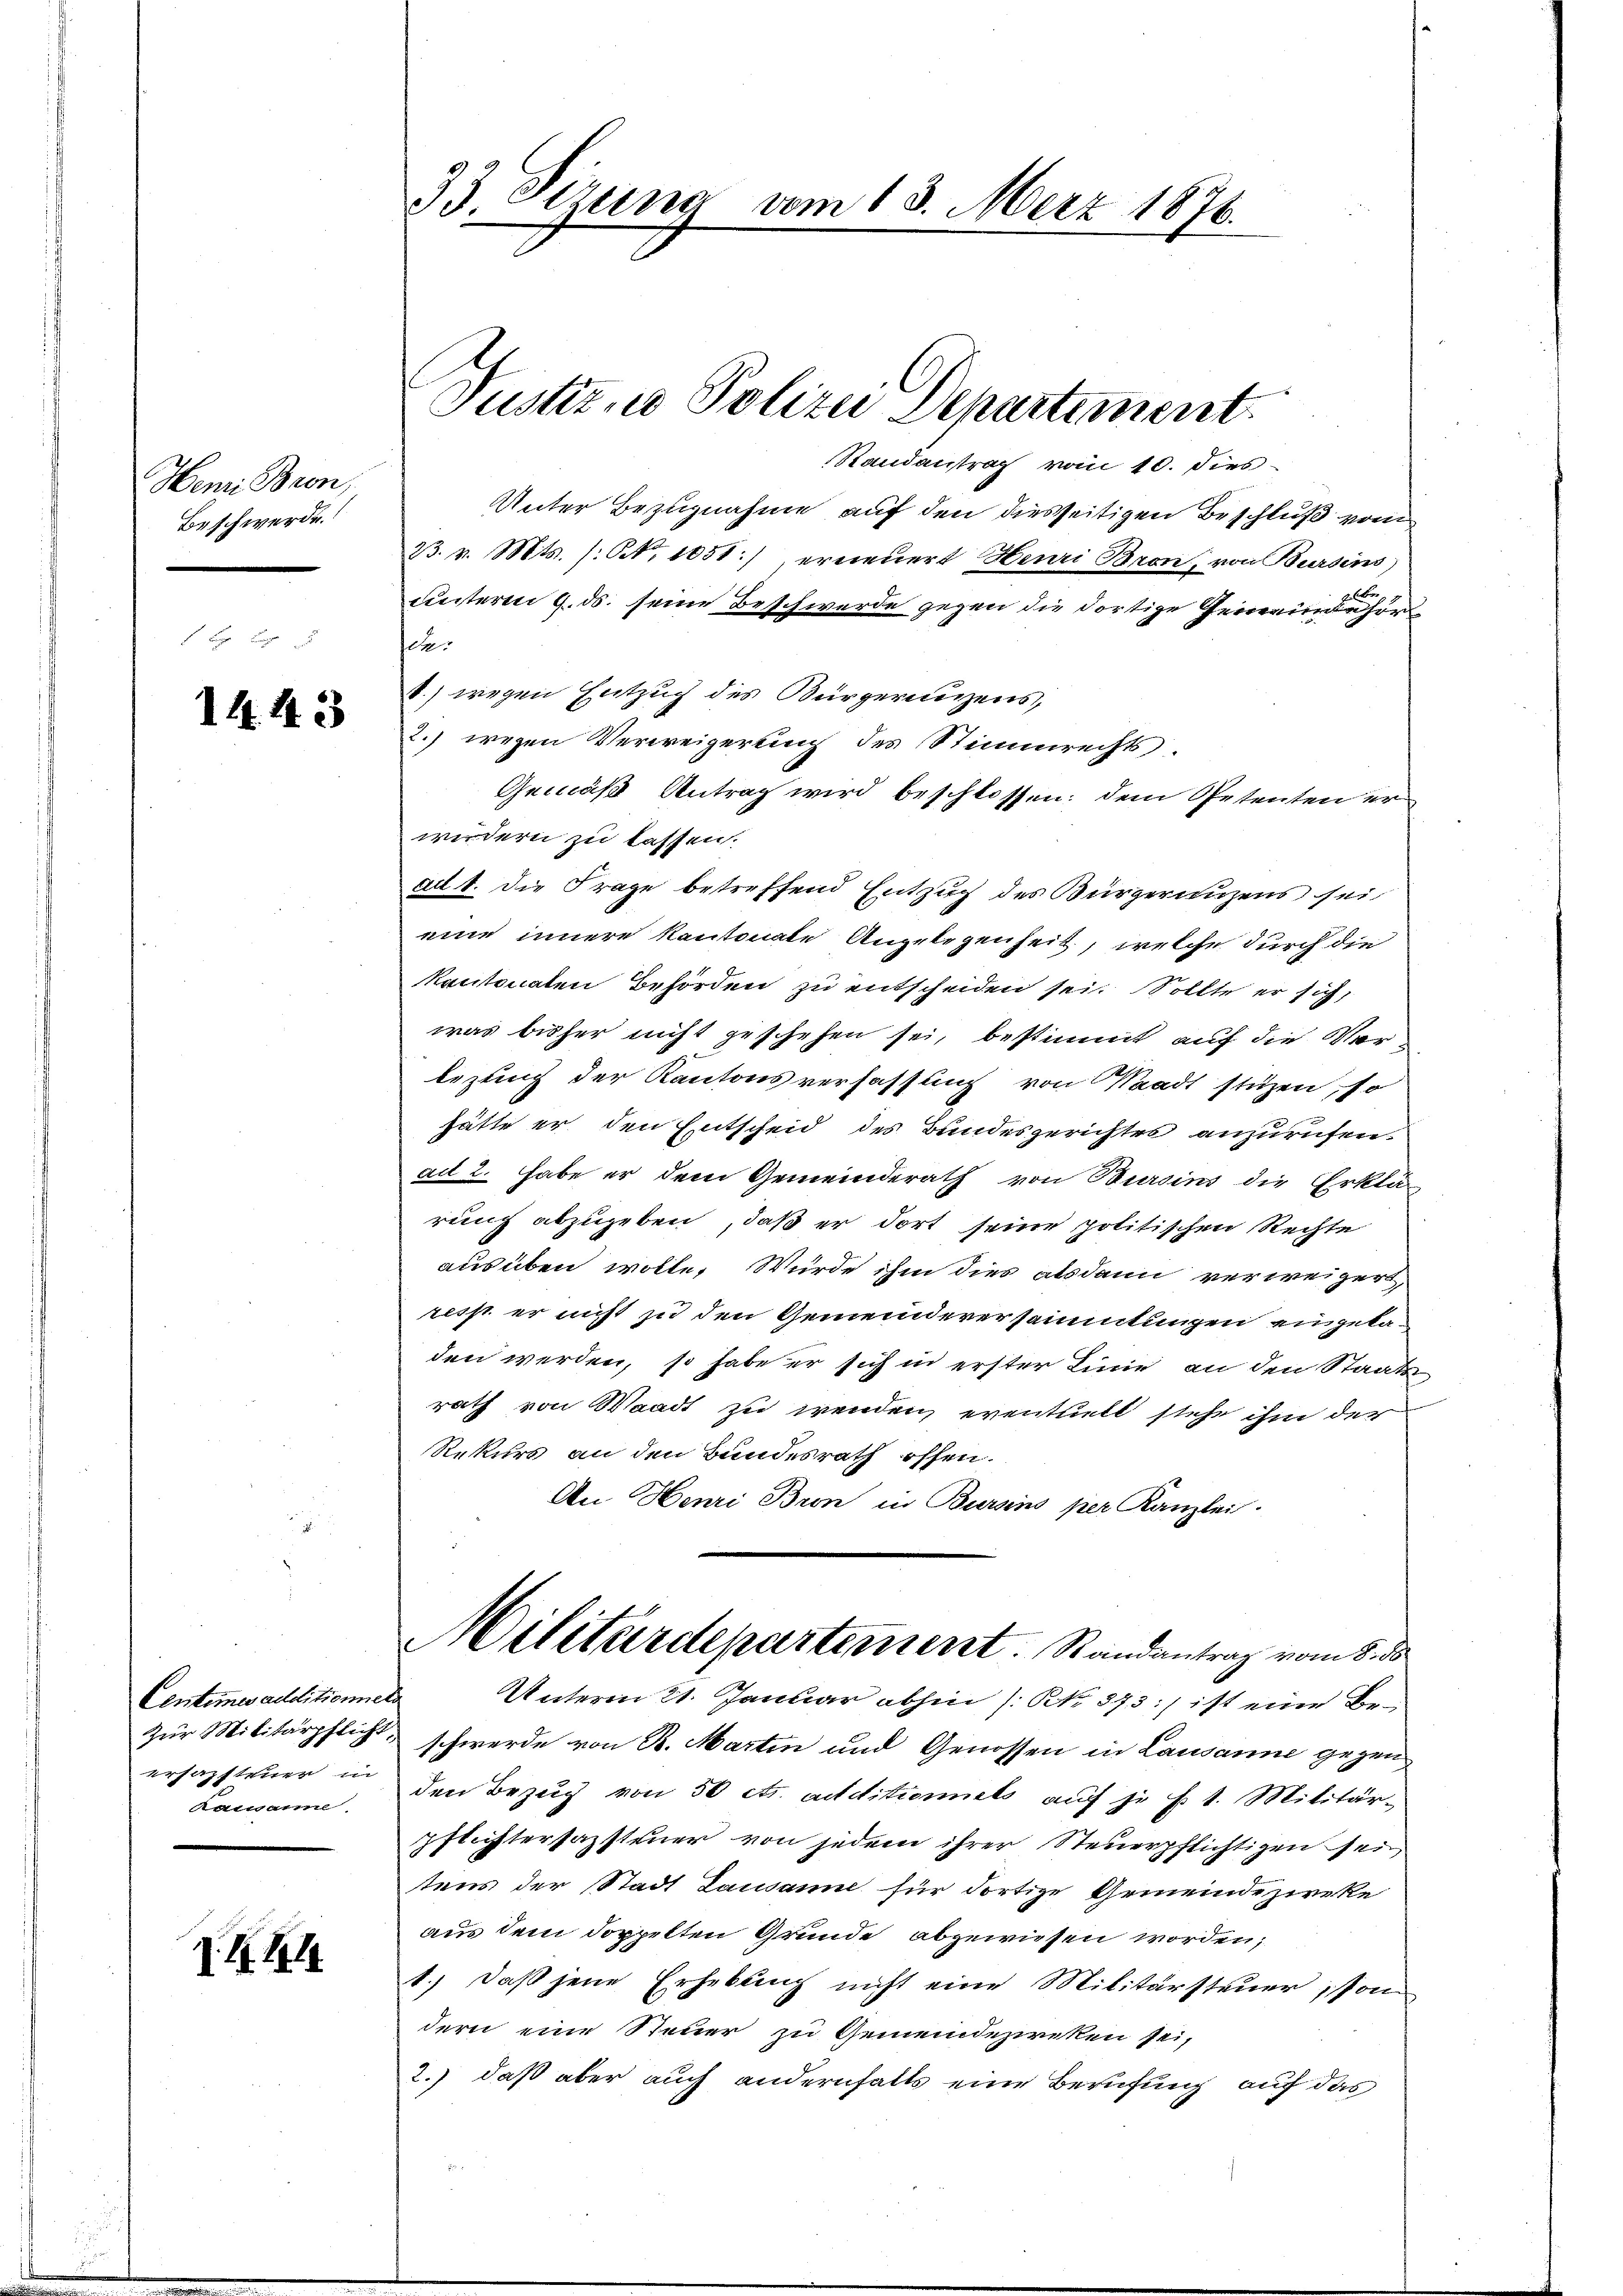
Henri Bron,
Beschwerde

1443

Centemen additionnels
Ramanne.

I. S. 14

33. Sizung vom 18. Merz 1876.

Randantrag vom 10. dies
Unter Bezugnahme auf den diesseitigen Beschluß vom
23. v. Mts. (: No 1051:) erneuert Heuri Bron, von Bursins)
A
unteren 9. ds. seine Beschwerde gegen die dortige Gemeindehorsie.
.) wegen Entzug des Bürgernigens,
2.) wegen Verweigerung des Stimmrechts.
Gemäß Antrag wird beschlossen; dem Petenten er
widern zu lassen.
ad 1. die Frage betreffend Entzug des Bürgerungens sei
eine innere Kantonale Angelegenheit, welche durch die
kantonaten Behörden zu entscheiden sei. Sollte er sich,
was bisher nicht geschehen sei, bestimmt auf die Verbezug der Kantonsverfassung von Waadt stüzen, so
hätte er den Entscheid des Bundesgerichtes anzurufenad 2. habe er dem Gemeinderath von Bursins die Erklär
rung abzugeben, daß er dort seine politischen Rechte
ausüben wolle. Würde ihm dies alsdann verweigert,
resp. er nicht zu den Gemeindeversammtungen eingeladen werden, so habe er sich in erster Linie an den Staats
rath von Waadt zu wenden, eventuell stehe ihm der
Rekurs an den Bundesrath offen.
An Henri Bron in Bursins per Kanzlei.
Militärdepartement. Randantrag vom 8. de
Unterm 21. Januar abhin /: No 873:) ist eine Be¬
Zŭr Militärpflich, schwerde von R. Martin und Genossen in Lausanne gezeuersamsteuer in den Bezŭg von 50 cts. aditionnets aŭf je f. 1. Militär-
pflichtersazsteuer von jedem ihrer Steuerpflichtigen sei
tens der Stadt Lausanne für dortige Gemeindezweke
aus dem doppelten Grunde abgewiesen worden;
1.) Daß jene Erhebung nicht eine Militärsteuer, son
dern eine Steuer zu Gemeindezreken sei,
2.) daß aber auch andernfalls eine Berufung auf das

Justiz, u. Polizei Departement.